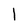
Character: l